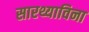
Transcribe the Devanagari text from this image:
सारथ्याविना